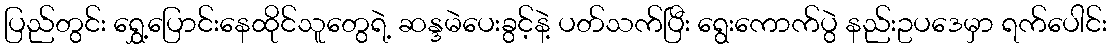
ပြည်တွင်း ရွှေ့ပြောင်းနေထိုင်သူတွေရဲ့ ဆန္ဒမဲပေးခွင့်နဲ့ ပတ်သက်ပြီး ရွေးကောက်ပွဲ နည်းဥပဒေမှာ ရက်ပေါင်း